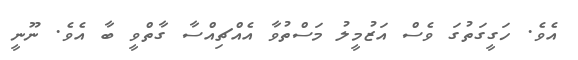
އެވެ. ހަގީގަތުގަ ވެސް އަޒުމީލު މަސްތުވާ އެއްޗިއްސާ ގާތްވީ ބާ އެވެ. ނޫނީ